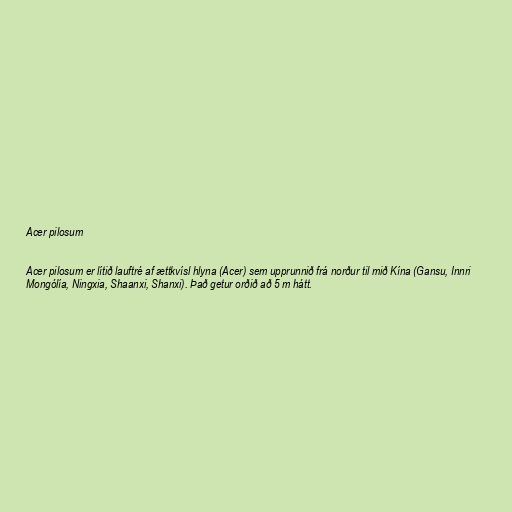
Acer pilosum

Acer pilosum er lítið lauftré af ættkvísl hlyna (Acer) sem upprunnið frá norður til mið Kína (Gansu, Innri
Mongólía, Ningxia, Shaanxi, Shanxi). Það getur orðið að 5 m hátt.